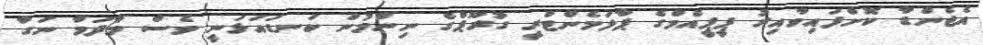
އެޖެންޑާ ކޮށްފައިވާއިރު ޕީޕީއެމްގެ ޕާލަމެންޓްރީ ގުރޫޕްގެ ނިންމުން ކަނޑައަޅަނީ ވެސް މާދަމާ ނަގާ